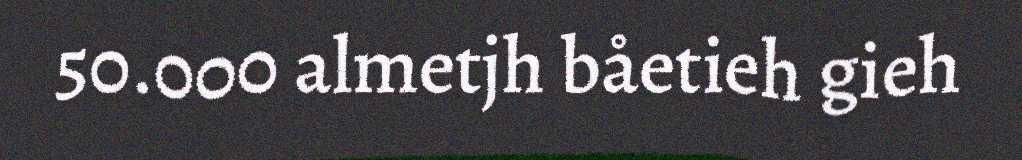
50.000 almetjh båetieh gieh